Report of the Hyderabad Chloroform Commission
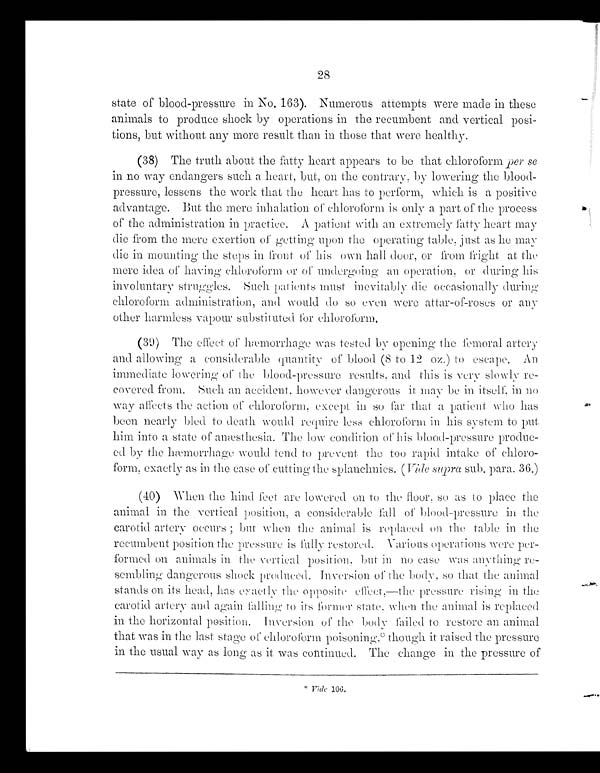
28
state of blood-pressure in No. 163). Numerous attempts were made in these
animals to produce shock by operations in the recumbent and vertical posi
tions, but without any more result than in those that were healthy.
(38) The truth about the fatty heart appears to be that chloroform per se
in no way endangers such a heart, but., on the contras, by lowering the blood-
pressure, lessens the work that the heart has to perform, which is a positive
advantage. But the mere inhalation of chloroform is only a part of the process
of the administration in practice. A patient with an extremely fatty heart may
(lie from the mere exertion of getting upon the operating table, just as he may
(lie in mounting the stops in front of his own hall door, or from fright at the,
lucre idea of having chloroform or of undergoing an operation, or during his
involuntary struggles. Such patients must inevitably (lie occasionally during
chloroform administration, and would do so even were attar-of-roses or any
other harmless vapour substituted for chloroform.
(39) The effect of hæmorrhage was tested by opening the femoral artery
and allowing a considerable quantity of blood (8 to 12 oz.) to escape. An
immediate lowering off the blood-pressure result, and this is very lowly re-
covered from. tech an accident., however dangerous it may be in itself, in no
way affects the action of chloroform, except in so far that a patient. who has
been nearly bled to death would require less chloroform in his system to put
him into a state of anæsthesia. The low condition of his blood-pressure produc
ed by the hæmorrhage would tend to prevent. the too rapid intake of chloro
form, exactly as in the case of cutting the splanchnies. (Vide supra sub. para. 36.)
(40) When the hind feet are lowered on to the floor, so as to place the
animal in. the vertical position, a considerable fall of blood-pressure in the
carotid artery occurs but when the animal is replaced on th e table in the
recumbent position the pressure is fully restored. Various operations were per
formed on animals in the vertical position. but in no ease was anything re
sembling dangerous shock produced. Inversion of the body, so that the animal
stands on its head, has exactly the opposite effect,—the pressure rising in the
carotid archery and again falling to its former state. when the animal. is replaced
in the horizontal position. Inversion of the body failed to restore an animal
that was in the last stage of chloroform poisoning.* though it raised tile pressure
in the usual way as long as it was continued. The change in the pressure of
* Vide 106.